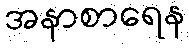
အနာစာရေန